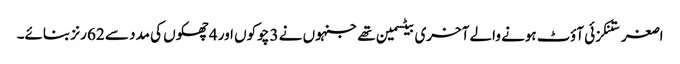
اصغر ستنکزئی آؤٹ ہونے والے آخری بیٹسمین تھے جنہوں نے 3 چوکوں اور 4 چھکوں کی مدد سے 62 رنز بنائے۔